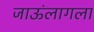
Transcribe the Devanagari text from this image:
जाऊंलागला